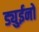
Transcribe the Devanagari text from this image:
ड्युईनो